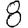
Digit: 8